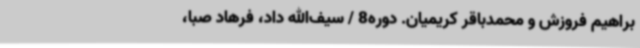
براهیم فروزش و محمدباقر کریمیان. دوره8 / سیف‌الله داد، فرهاد صبا،